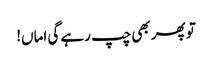
تو پھر بھی چپ رہے گی اماں!